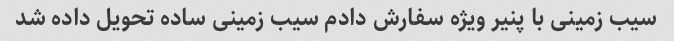
سیب زمینی با پنیر ویژه سفارش دادم سیب زمینی ساده تحویل داده شد